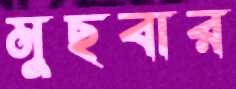
মুছবার